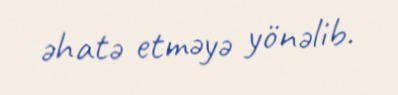
əhatə etməyə yönəlib.